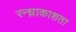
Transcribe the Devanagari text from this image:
रन्ध्राकाशता